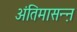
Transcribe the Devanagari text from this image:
अंतिमासन्ऩ